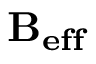
\bf { B _ { e f f } }